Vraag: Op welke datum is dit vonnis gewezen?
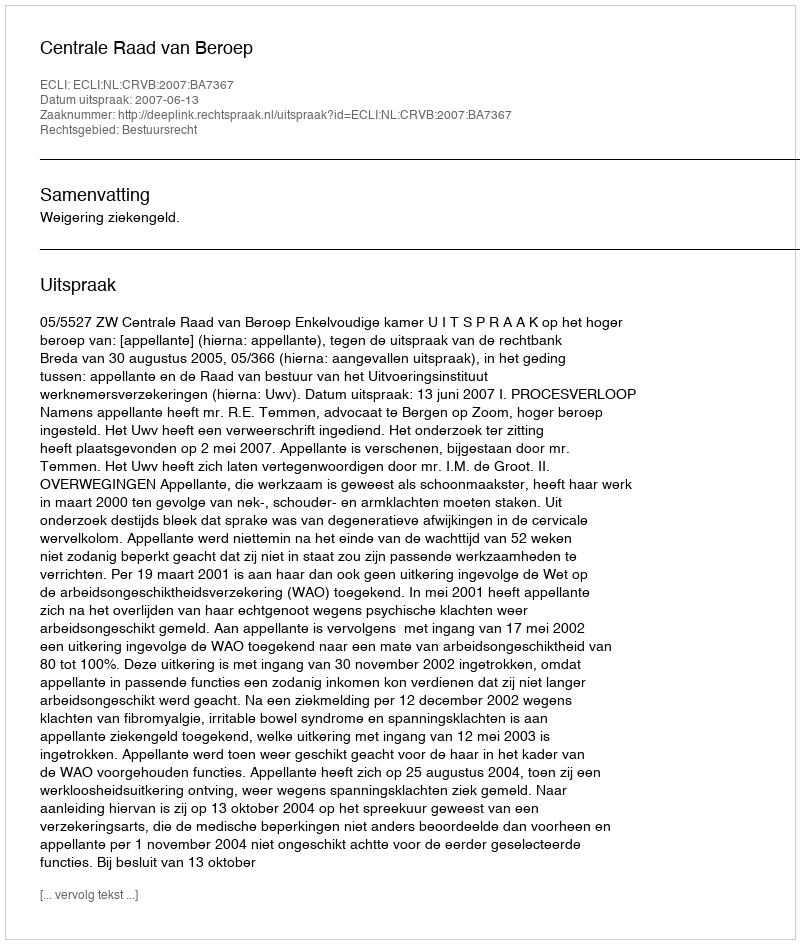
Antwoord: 2007-06-13